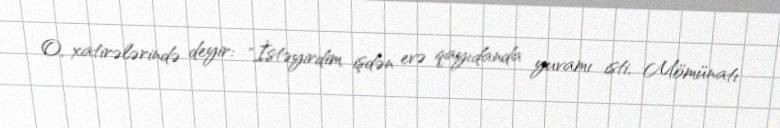
O, xatirələrində deyir: "İstəyirdim işdən evə qayıdanda yuvamı isti, Mömünatı